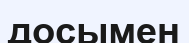
досымен